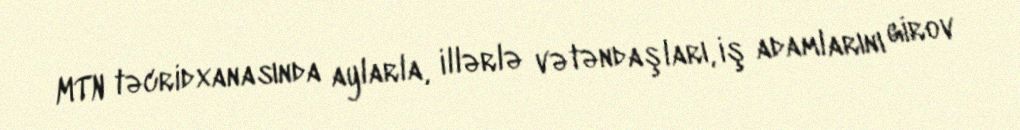
MTN təcridxanasında aylarla, illərlə vətəndaşları, iş adamlarını girov